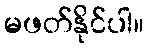
မဖတ်နိုင်ပါ။